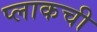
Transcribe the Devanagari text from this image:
प्लाकची